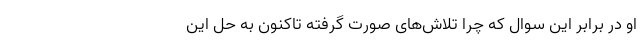
او در برابر این سوال که چرا تلاش‌های صورت گرفته تاکنون به حل این